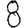
Digit: 8